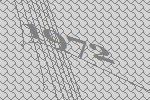
1972